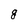
Character: g